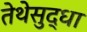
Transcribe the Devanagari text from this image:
तेथेसुद्धा